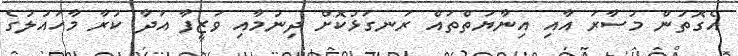
އެގޮތުން މުސާރަ އާއި އިނާޔަތްތައް ރަނގަޅުކޮށް ދިނުމާއި ވަޒީފާ އަދާ ކުރާ މާހައުލުގެ